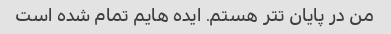
من در پایان تتر هستم. ایده هایم تمام شده است